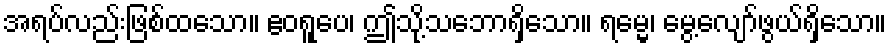
အရပ်လည်းဖြစ်ထသော။ ဧဝရူပေ၊ ဤသို့သဘောရှိသော။ ရမ္မေ၊ မွေ့လျော်ဖွယ်ရှိသော။